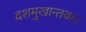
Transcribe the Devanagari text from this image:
दशमुखान्तकः।